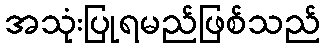
အသုံးပြုရမည်ဖြစ်သည်